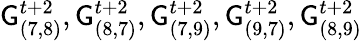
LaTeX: \mathsf{G}_{(7,8)}^{t+2},\mathsf{G}_{(8,7)}^{t+2},\mathsf{G}_{(7,9)}^{t+2},\mathsf{G}_{(9,7)}^{t+2},\mathsf{G}_{(8,9)}^{t+2}